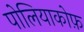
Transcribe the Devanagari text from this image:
पोलियाकोफ़